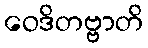
ဝေဒိတဗ္ဗာတိ